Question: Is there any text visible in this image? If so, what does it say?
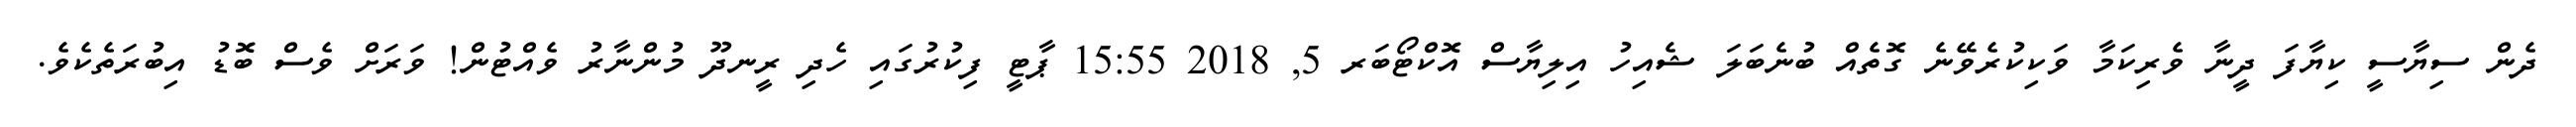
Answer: ދެން ސިޔާސީ ކިޔާފަ ދީނާ ވެރިކަމާ ވަކިކުރެވޭނެ ގޮތެއް ބުނެބަލަ ޝެއިހު އިލިޔާސް އޮކްޓޯބަރ 5, 2018 15:55 ޕާޓީ ފިކުރުގައި ހެދި ރީނދޫ މުންނާރު ވެއްޓުން! ވަރަށް ވެސް ބޮޑު އިބުރަތެކެވެ.